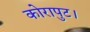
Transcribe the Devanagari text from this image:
कोरापुट।